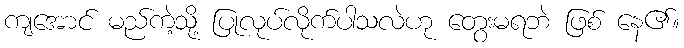
ကျအောင် မည်ကဲ့သို့ ပြုလုပ်လိုက်ပါသလဲဟု တွေးမရဘဲ ဖြစ် နေ၏။